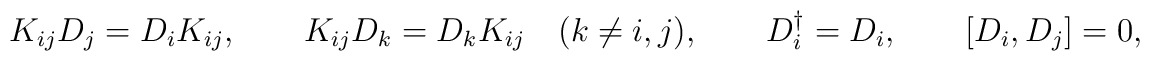
K_{ij} D_j = D_i K_{ij}, \qquad K_{ij}D_k = D_k K_{ij} \quad (k\ne i,j),\qquad  D_i^{\dagger} = D_i, \qquad [D_i, D_j] = 0,